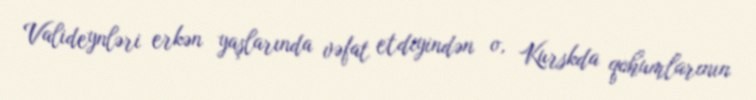
Valideynləri erkən yaşlarında vəfat etdiyindən o, Kurskda qohumlarının